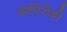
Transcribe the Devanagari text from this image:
बंकीसेट्टी